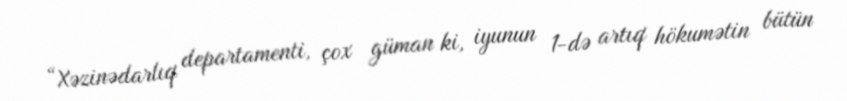
“Xəzinədarlıq departamenti, çox güman ki, iyunun 1-də artıq hökumətin bütün